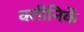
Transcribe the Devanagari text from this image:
क्लीनिकें